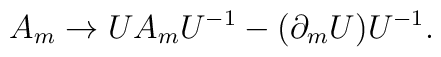
A_{m}\rightarrow UA_{m}U^{-1}-(\partial_{m}U)U^{-1}.